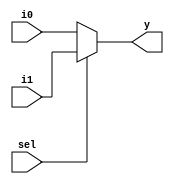
// Code your design here
module mux2to1(
  input sel,i0, i1,
  output y);
  
  assign y = sel ? i1 : i0;
  
endmodule